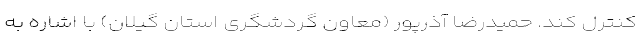
کنترل کند. حمیدرضا آذرپور (معاون گردشگری استان گیلان) با اشاره به